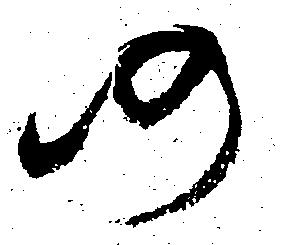
仍